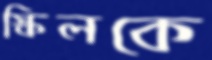
স্কিলকে